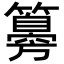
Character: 𥵨